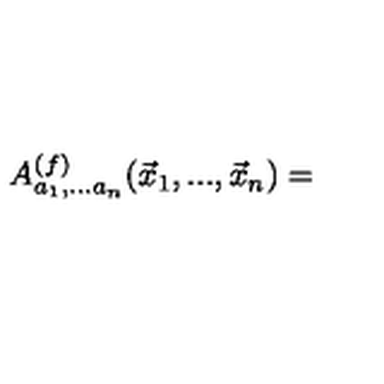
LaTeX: A _ { a _ { 1 } , . . . a _ { n } } ^ { ( f ) } ( \vec { x } _ { 1 } , . . . , \vec { x } _ { n } ) =